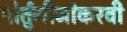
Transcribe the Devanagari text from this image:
पोर्तुगीजांकरवी